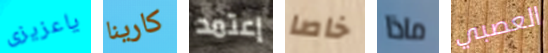
ياعزيزى كارينا إعتمد خاصا ماذا العصبي